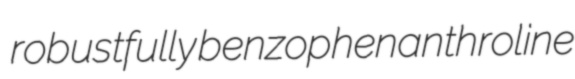
robustfully benzophenanthroline